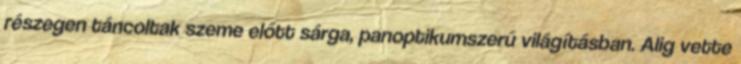
részegen táncoltak szeme előtt sárga, panoptikumszerű világításban. Alig vette